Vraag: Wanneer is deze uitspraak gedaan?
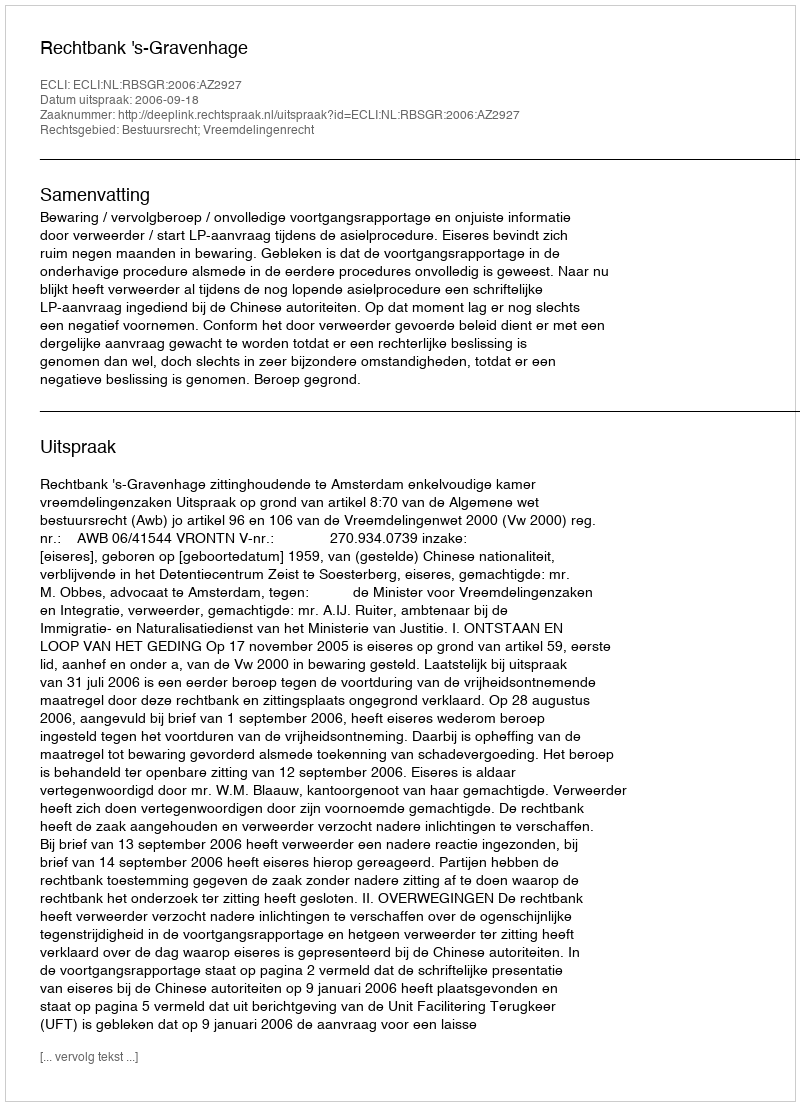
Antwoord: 2006-09-18